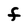
Character: f